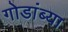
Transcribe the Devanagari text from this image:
गोडांब्या